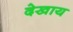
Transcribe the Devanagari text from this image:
देखाय